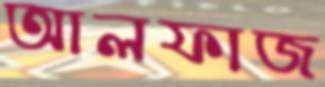
আলফাজ